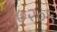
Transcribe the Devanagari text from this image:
७२०५